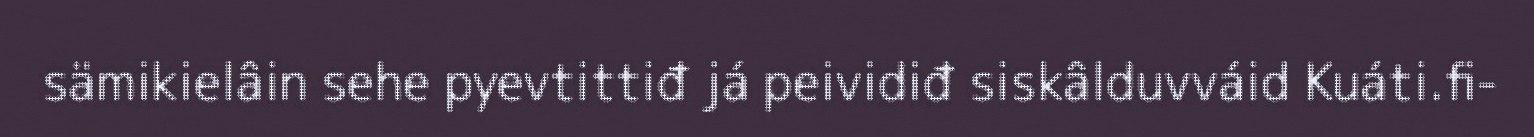
sämikielâin sehe pyevtittiđ já peividiđ siskâlduvváid Kuáti.fi-